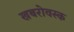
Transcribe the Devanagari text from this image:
खबरोवस्क